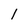
Character: 1